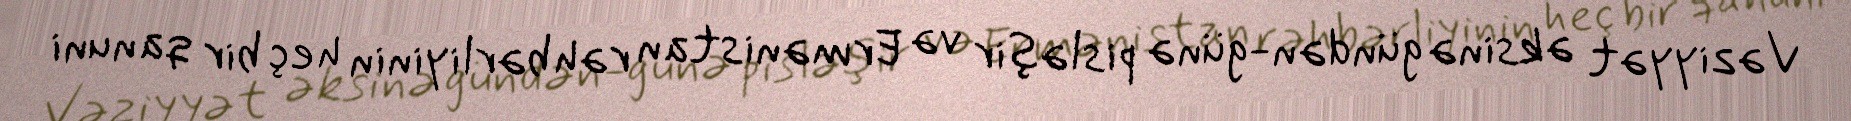
Vəziyyət əksinə gündən-günə pisləşir və Ermənistan rəhbərliyinin heç bir qanuni